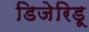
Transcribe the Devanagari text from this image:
डिजेरिडू